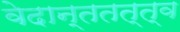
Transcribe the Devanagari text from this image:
वेदान्ततत्त्‍व